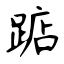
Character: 踮